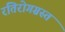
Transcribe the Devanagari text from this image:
रतिरोगग्रस्त